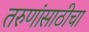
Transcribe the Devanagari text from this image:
तरुणांसाठीचा